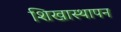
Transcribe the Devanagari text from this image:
शिखास्थापन